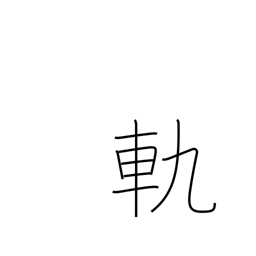
Meaning: rut